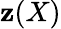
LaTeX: \mathbf{z}(X)